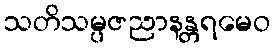
သတိသမ္ပဇညာနန္တရမေဝ